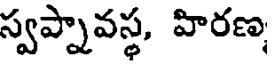
స్వప్నావస్థ, హిరణ,